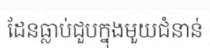
ដែនធ្លាប់ជួបក្នុងមួយជំនាន់